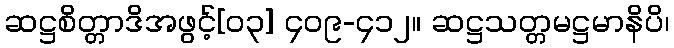
ဆဋ္ဌစိတ္တာဒိအဖွင့်[၀၃] ၄၀၉-၄၁၂။ ဆဋ္ဌသတ္တမဋ္ဌမာနိပိ၊